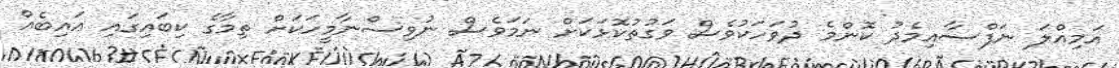
އަމިއްލަ ނަފްސާއިމެދު ކޮންމެ ދުވަހަކުވެސް ވަގުތުކޮޅަކަށް ނަމަވެސް ނުވިސްނާމީހަކަށް ތިމާގެ ކިބައިގައި އައިބެއް